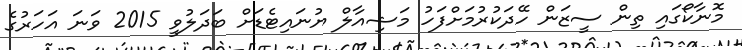
މޮނާކޯގައި ތިން ސީޒަން ހޭދަކުރުމަށްފަހު މަޝިއާލް ޔުނައިޓެޑަށް ބަދަލުވީ 2015 ވަނަ އަހަރުގެ